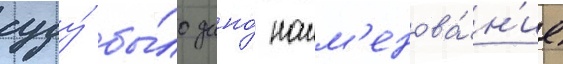
суду́ бы́ло дано́ наим'енова́н'ие